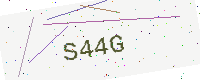
Text: S44G